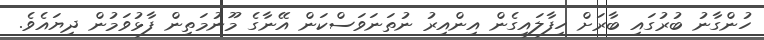
ހުންގާނު ބުރުގައި ބާރަށް ހިފާލައިގެން އިންއިރު ނުތަނަވަސްކަން އޭނާގެ މޫނުމަތިން ފާޅުވަމުން ދިޔައެވެ.